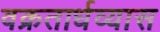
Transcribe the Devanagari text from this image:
वक्रतार्धव्यास